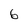
Character: 6